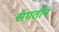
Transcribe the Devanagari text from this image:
संगतीनं